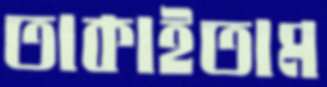
তাকাইতাম